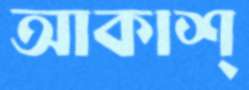
আকাশ্